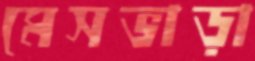
মেসভাড়া